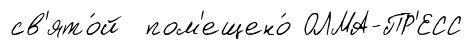
св'ято́й пом'ещено́ ОЛМА-ПР'ЕСС